Vaccination in Burma 1920-1933 - 1920-1933
Year: 1920
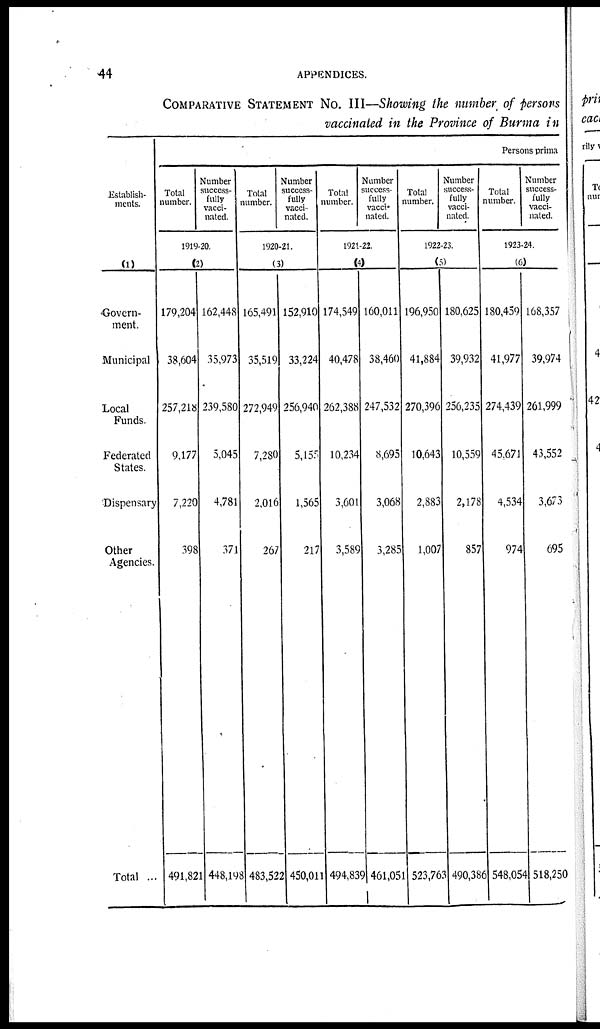
44
APPENDICES.
COMPARATIVE STATEMENT NO. III—Showing the number of persons
vaccinated in the Province of Burma in
Establish-
ments.
(1)
Govern-
ment.
Municipal
Local
Funds.
Federated
States.
Dispensary
Other
Agencies.
Total ...
Persons prima
Total
number.
Number
success-
fully
vacci-
nated.
1919-20.
(2)
179,204
38,604
257,218
9,177
7,220
398
491,821
162,448
35,973
239,580
5,045
4,781
371
448,198
Total
number.
Number
success-
fully
vacci-
nated.
1920-21.
(3)
165,491
35,519
272,949
7,280
2,016
267
483,522
152,910
33,224
256,940
5,155
1,565
217
450,011
Total
number.
Number
success-
fully
vacci-
nated.
1921-22.
(4)
174,549
40,478
262,388
10,234
3,601
3,589
494,839
160,011
38,460
247,532
8,695
3,068
3,285
461,051
Total
number.
Number
success-
fully
vacci-
nated.
1922-23.
(5)
196,950
41,884
270,396
10,643
2,883
1,007
523,763
180,625
39,932
256,235
10,559
2,178
857
490,386
Total
number.
Number
success-
fully
vacci-
nated.
1923-24.
(6)
180,459
41,977
274,439
45,671
4,534
974
548,054
168,357
39,974
261,999
43,552
3,673
695
518,250